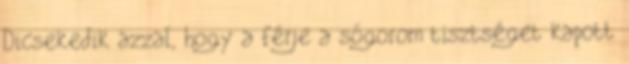
Dicsekedik azzal, hogy a férje a sógorom tisztséget kapott